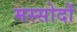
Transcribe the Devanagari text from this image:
मस्सोदों